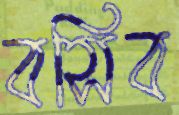
বসিব